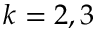
k = 2 , 3